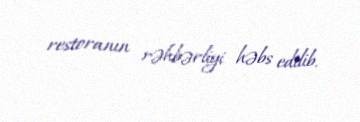
restoranın rəhbərliyi həbs edilib.